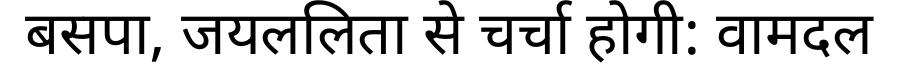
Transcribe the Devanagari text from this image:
बसपा, जयललिता से चर्चा होगी: वामदल